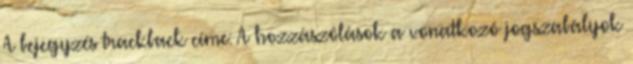
A bejegyzés trackback címe: A hozzászólások a vonatkozó jogszabályok